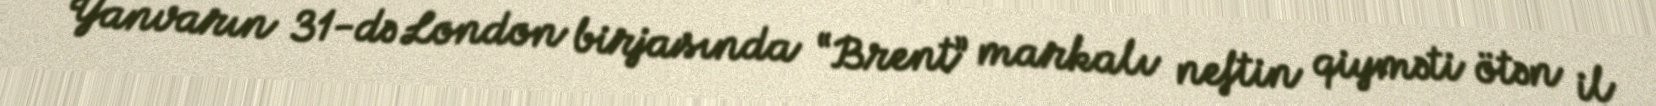
Yanvarın 31-də London birjasında “Brent” markalı neftin qiyməti ötən il